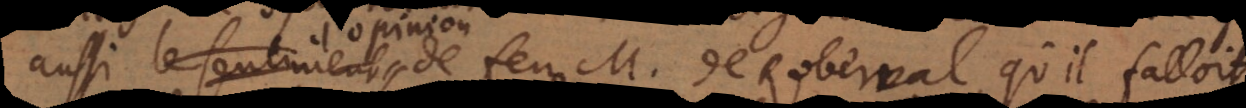
aussi le sentiment de feu M. de Roberval, qu’il falloit